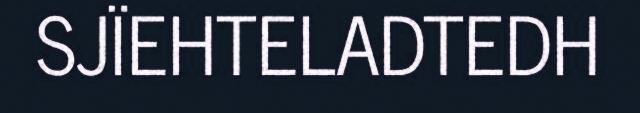
SJÏEHTELADTEDH